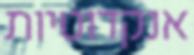
אנקדוטיות